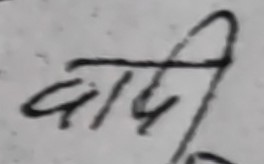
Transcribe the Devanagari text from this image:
वापी